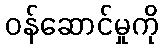
ဝန်ဆောင်မှုကို